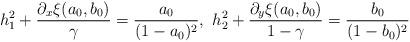
LaTeX: \begin{align*}h_1^2+\frac{\partial_x\xi(a_0,b_0)}{\gamma}&=\frac{a_0}{(1-a_0)^2},\,\,h_2^2+\frac{\partial_y\xi(a_0,b_0)}{1-\gamma}=\frac{b_0}{(1-b_0)^2}\end{align*}